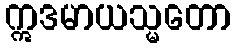
ဣဒမာယသ္မတော